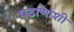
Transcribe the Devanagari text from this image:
पठाणांशी